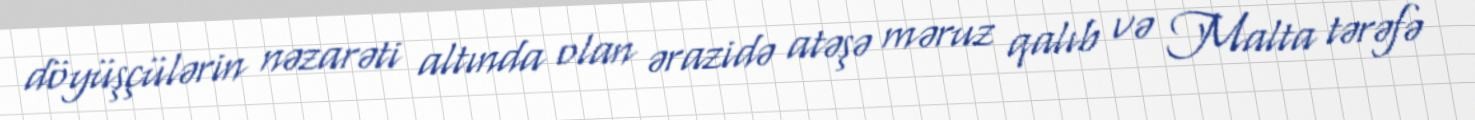
döyüşçülərin nəzarəti altında olan ərazidə atəşə məruz qalıb və Malta tərəfə